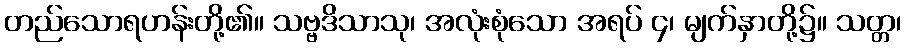
တည်သောရဟန်းတို့၏။ သဗ္ဗဒိသာသု၊ အလုံးစုံသော အရပ် ၄၊ မျက်နှာတို့၌။ သတ္တ၊